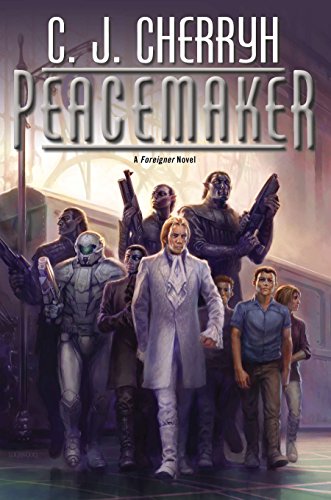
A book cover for Peacemaker: Foreigner #15; C. J. Cherryh; Science Fiction & Fantasy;